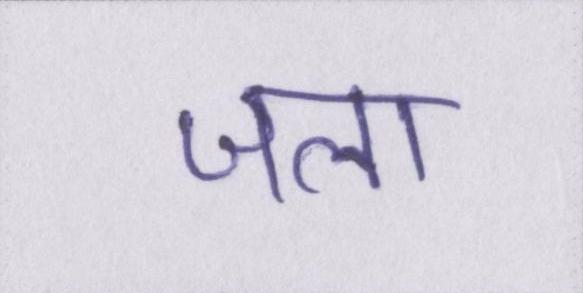
जला